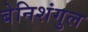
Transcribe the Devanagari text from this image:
बेनिशंगुल